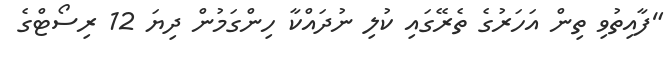
"ފާއިތުވި ތިން އަހަރުގެ ތެރޭގައި ކުލި ނުދައްކާ ހިންގަމުން ދިޔަ 12 ރިސޯޓްގެ